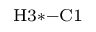
_ \mathrm { H 3 * - C 1 }